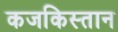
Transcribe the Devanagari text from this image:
कजकिस्तान